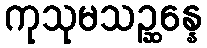
ကုသုမသဉ္ဆန္နေ